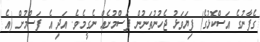
ގެފާނުގެ އަސްކޮޅުގެ) ފިޔަވަޅު ޖެހުނުތަނުން ފަސްމުށެއް ނެގީމެވެ. އަދި އެ ފަސްމުށް (އެ